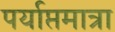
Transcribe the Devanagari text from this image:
पर्याप्तमात्रा